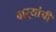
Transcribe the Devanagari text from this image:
वाऱ्यांची